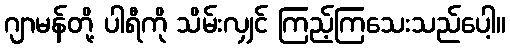
ဂျာမန်တို့ ပါရီကို သိမ်းလျှင် ကြည့်ကြသေးသည်ပေါ့။